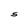
Character: S